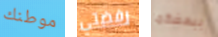
موطنك رفضتي ببعضكما